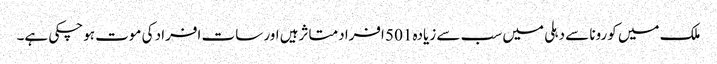
ملک میں کورونا سے دہلی میں سب سے زیادہ 501 افراد متاثرہیں اور سات افراد کی موت ہوچکی ہے۔